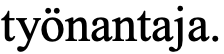
työnantaja.